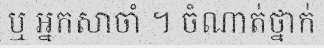
ឬ អ្នកសាចាំ ។ ចំណាត់ថ្នាក់